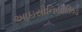
આઇસોનિયાઝિડ